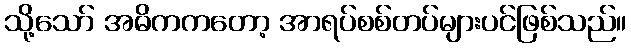
သို့သော် အဓိကကတော့ အာရပ်စစ်တပ်များပင်ဖြစ်သည်။